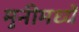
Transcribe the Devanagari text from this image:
मुनीमध्यें